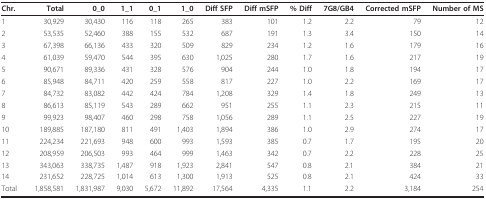
<table><thead><tr><td><b>Chr.</b></td><td><b>Total</b></td><td><b>0_0</b></td><td><b>1_1</b></td><td><b>0_1</b></td><td><b>1_0</b></td><td><b>Diff SFP</b></td><td><b>Diff mSFP</b></td><td><b>% Diff</b></td><td><b>7G8/GB4</b></td><td><b>Corrected mSFP</b></td><td><b>Number of MS</b></td></tr></thead><tbody><tr><td>1</td><td>30,929</td><td>30,430</td><td>116</td><td>118</td><td>265</td><td>383</td><td>101</td><td>1.2</td><td>2.2</td><td>79</td><td>12</td></tr><tr><td>2</td><td>53,535</td><td>52,460</td><td>388</td><td>155</td><td>532</td><td>687</td><td>191</td><td>1.3</td><td>3.4</td><td>150</td><td>14</td></tr><tr><td>3</td><td>67,398</td><td>66,136</td><td>433</td><td>320</td><td>509</td><td>829</td><td>234</td><td>1.2</td><td>1.6</td><td>179</td><td>16</td></tr><tr><td>4</td><td>61,039</td><td>59,470</td><td>544</td><td>395</td><td>630</td><td>1,025</td><td>280</td><td>1.7</td><td>1.6</td><td>217</td><td>19</td></tr><tr><td>5</td><td>90,671</td><td>89,336</td><td>431</td><td>328</td><td>576</td><td>904</td><td>244</td><td>1.0</td><td>1.8</td><td>194</td><td>17</td></tr><tr><td>6</td><td>85,948</td><td>84,711</td><td>420</td><td>259</td><td>558</td><td>817</td><td>227</td><td>1.0</td><td>2.2</td><td>169</td><td>17</td></tr><tr><td>7</td><td>84,732</td><td>83,082</td><td>442</td><td>424</td><td>784</td><td>1,208</td><td>329</td><td>1.4</td><td>1.8</td><td>249</td><td>13</td></tr><tr><td>8</td><td>86,613</td><td>85,119</td><td>543</td><td>289</td><td>662</td><td>951</td><td>255</td><td>1.1</td><td>2.3</td><td>215</td><td>11</td></tr><tr><td>9</td><td>99,923</td><td>98,407</td><td>460</td><td>298</td><td>758</td><td>1,056</td><td>289</td><td>1.1</td><td>2.5</td><td>227</td><td>19</td></tr><tr><td>10</td><td>189,885</td><td>187,180</td><td>811</td><td>491</td><td>1,403</td><td>1,894</td><td>386</td><td>1.0</td><td>2.9</td><td>274</td><td>17</td></tr><tr><td>11</td><td>224,234</td><td>221,693</td><td>948</td><td>600</td><td>993</td><td>1,593</td><td>385</td><td>0.7</td><td>1.7</td><td>195</td><td>20</td></tr><tr><td>12</td><td>208,959</td><td>206,503</td><td>993</td><td>464</td><td>999</td><td>1,463</td><td>342</td><td>0.7</td><td>2.2</td><td>228</td><td>25</td></tr><tr><td>13</td><td>343,063</td><td>338,735</td><td>1,487</td><td>918</td><td>1,923</td><td>2,841</td><td>547</td><td>0.8</td><td>2.1</td><td>384</td><td>21</td></tr><tr><td>14</td><td>231,652</td><td>228,725</td><td>1,014</td><td>613</td><td>1,300</td><td>1,913</td><td>525</td><td>0.8</td><td>2.1</td><td>424</td><td>33</td></tr><tr><td>Total</td><td>1,858,581</td><td>1,831,987</td><td>9,030</td><td>5,672</td><td>11,892</td><td>17,564</td><td>4,335</td><td>1.1</td><td>2.2</td><td>3,184</td><td>254</td></tr></tbody></table>